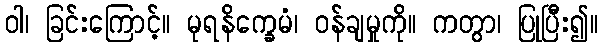
ဝါ၊ ခြင်းကြောင့်။ မုရနိက္ခေမံ၊ ဝန်ချမှုကို။ ကတွာ၊ ပြုပြီး၍။